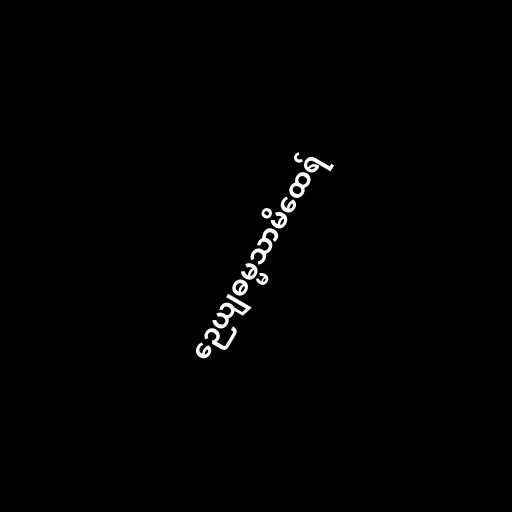
ဉေယျဓမ္မသာမိထေရ်